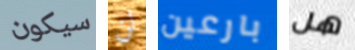
سيكون لن بارعين هل